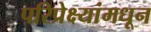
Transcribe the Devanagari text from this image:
परिप्रेक्ष्यांमधून